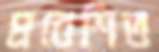
প্রবেশিত